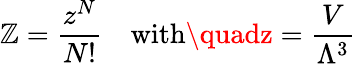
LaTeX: \mathbb{Z}={\frac{{z^{N}}}{{N!}}}\quad{\mathrm{{with}}}\quadz={\frac{{V}}{{\Lambda^{3}}}}